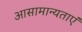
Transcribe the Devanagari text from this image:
आसामान्यताएं